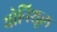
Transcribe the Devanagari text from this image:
योनिशूल